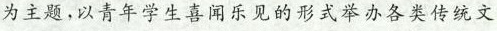
为主题，以青年学生喜闻乐见的形式举办各类传统文